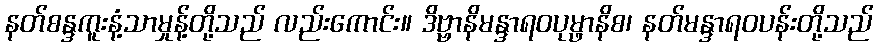
နတ်စန္ဒကူးနံ့သာမှုန့်တို့သည် လည်းကောင်း။ ဒိဗ္ဗာနိမန္ဒာရဝပုမ္ဖာနိစ၊ နတ်မန္ဒာရဝပန်းတို့သည်